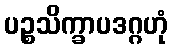
ပဉ္စသိက္ခာပဒဂ္ဂဟုံ